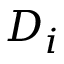
D _ { i }